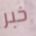
خبر